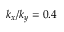
k _ { x } / k _ { y } = 0 . 4